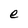
Character: e